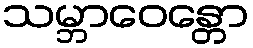
သမ္ဘာဝေန္တော